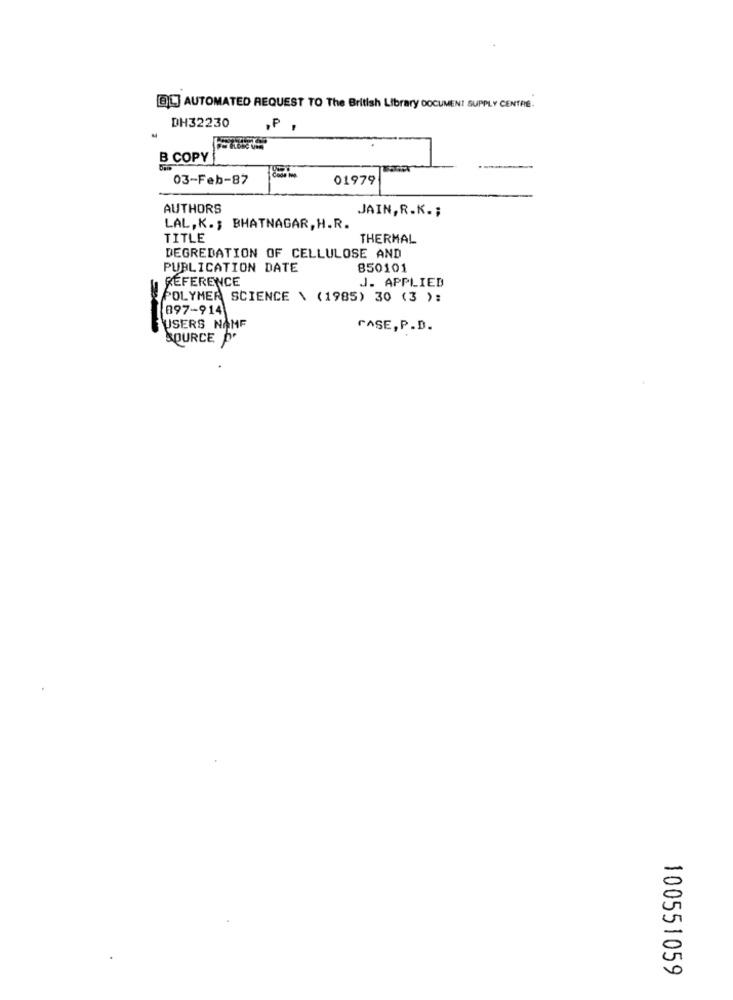
EL] AUTOMATED REQUEST TO The British Library DOCUMENT SUPPLY CENTRE.
DH32230
.P
B COPY
03-Feb-87
01979
AUTHORS
JAIN, R.K .;
LAL, K .; BHATNAGAR, H.R.
TITLE
THERMAL
DEGREDATION OF CELLULOSE AND
PUBLICATION DATE
850101
REFERENCE
J. APPLIED
POLYMER SCIENCE \ (1985) 30 (3 ):
897-914
USERS NAME
CASE, P.D.
SOURCE .
100551059